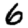
Digit: 6